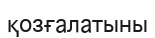
қозғалатыны